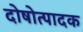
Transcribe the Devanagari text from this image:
दोषोत्पादक